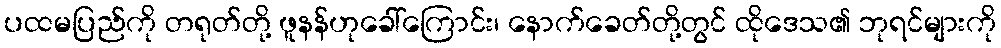
ပထမပြည်ကို တရုတ်တို့ ဖူနန်ဟုခေါ်ကြောင်း၊ နောက်ခေတ်တို့တွင် ထိုဒေသ၏ ဘုရင်များကို